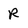
Character: R